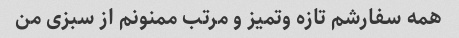
همه سفارشم تازه و‌تمیز و مرتب ممنونم از سبزی من